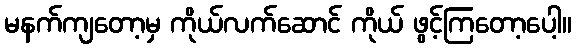
မနက်ကျတော့မှ ကိုယ်လက်ဆောင် ကိုယ် ဖွင့်ကြတော့ပေါ့။